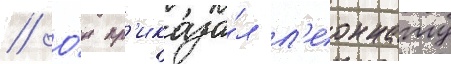
// О́н пр'иказа́л л'еоннату